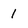
Character: 1